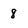
Character: 8